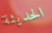
الحديثة